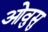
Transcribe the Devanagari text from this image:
ओवुसु